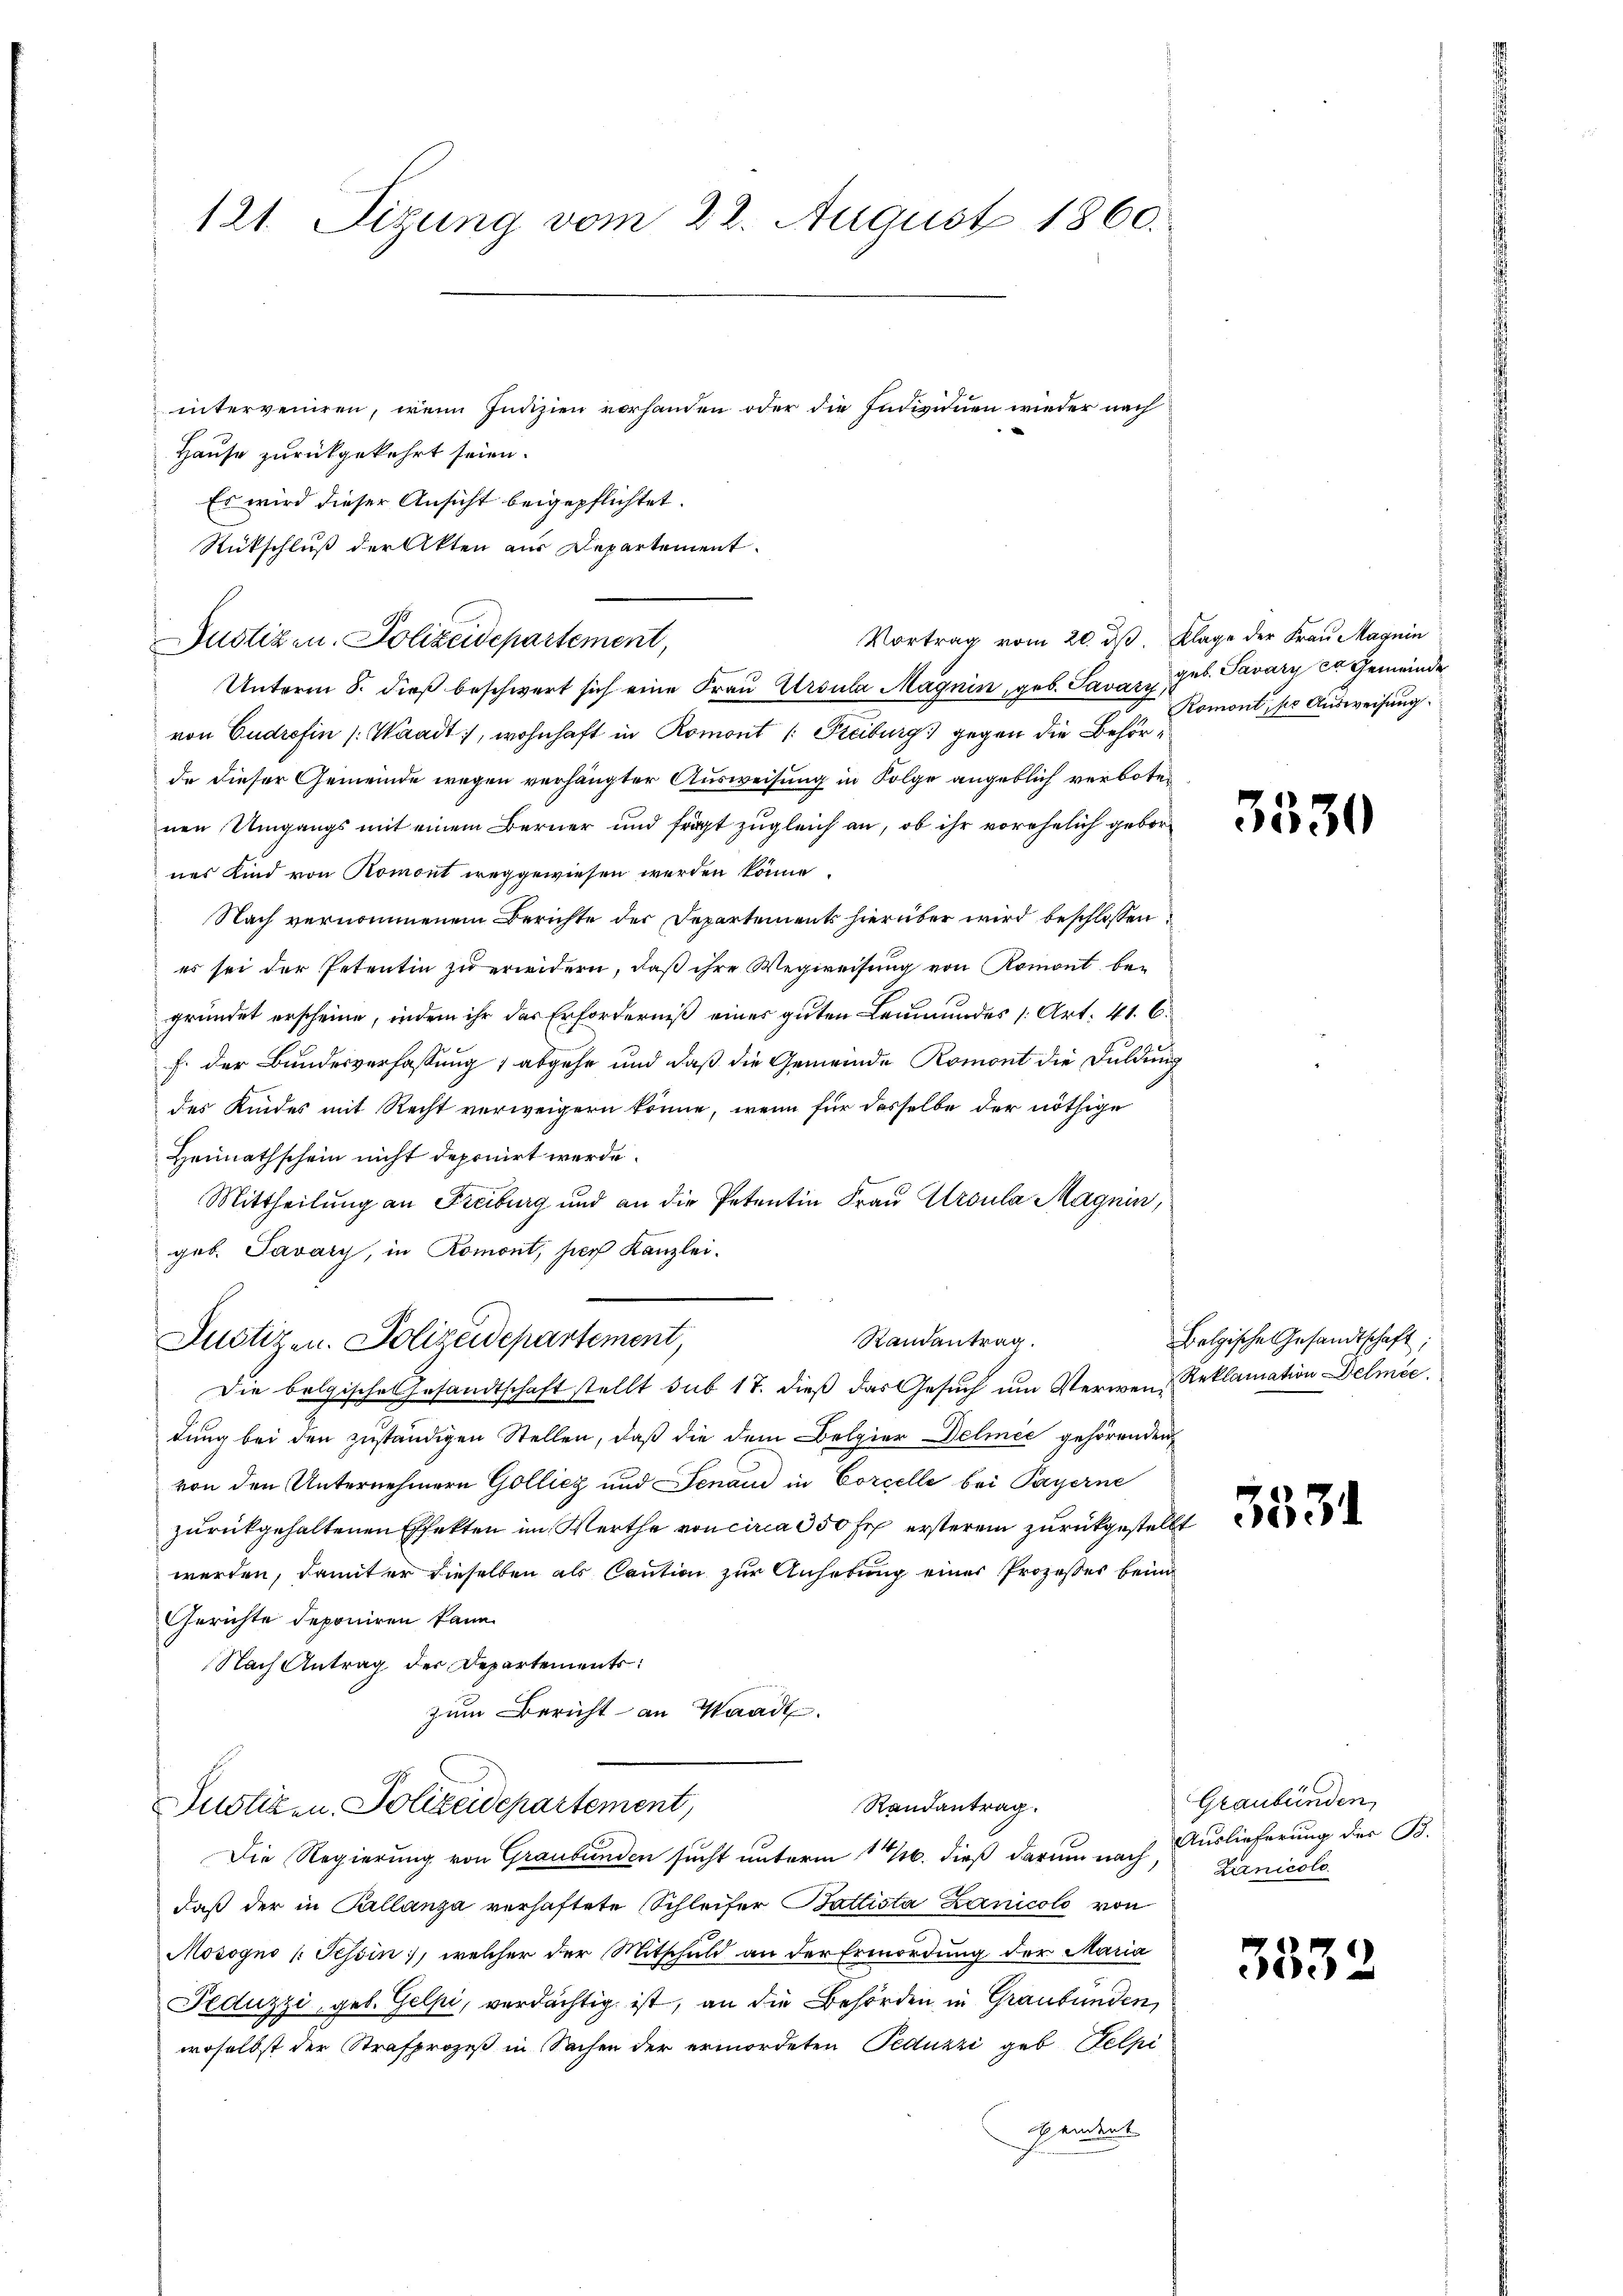
121. Sizung vom 22. August 1860.

Hause zurückgekehrt seien.
Es wird dieser Ansicht beigepflichtet.
Rückschluß der Akten aus Departement.
Vortrag vom 20. ds. Klage der Frau Magnin
Unterm 8. dieß beschwert sich eine Frau Ursula Magnin, geb. Savary,
von Gudrefin (Waadt, wohnhaft in Romont /: Freiburg gegen die Behörde dieser Gemeinde wegen verhängter Ausweisung in Folge angeblich verboten
nen Umgangs mit einem Berner und frägt zugleich an, ob ihr vorehelich gebornes Kind von Romont weggewiesen werden könne.
Nach vernommenem Berichte der Departements hierüber wird beschlossen
es sei der Petentin zu erwidern, daß ihre Wegweisung von Romont begründet erscheine, indem ihr das Erforderniß eines guten Leumundes [Art. 41. C.
f. der Bundesverfassung 1 abgehe und daß die Gemeinde Romont die Duldung
des Kindes mit Recht verweigern könne, wenn für desselbe der nöthige
Heimathschein nicht deponirt werde.
Mittheilung an Freiburg und an die Petentin Frau Aroula Magnin,
geb. Pavary, in Romont, hier Kanzlei-
Randantrag.
Justizen. Polizeidepartement,
Die bolgische Gesandtschaft stellt sub 17. dieß das Gesŭch ŭm Verwen, Reklamation Delmée.
dung bei den zuständigen Stellen, daß die dem Belgier Delinie gehörenden
von den Unternehmern Gollicz und Fenaud in Corcelle bei Payerne
zurückgehaltenen Effekten im Werthe von circa 350 Fr. ersterem zurückgestellt
werden, damit er dieselben als Caution zur Anhebung einer Prozesses bein
Gerichte deponiren kann.
Nach Antrag der Departements:
zum Bericht an Waadt.
Randantrag.
Justizen Polizeidepartement,
Die Regierung von Graubünden sucht unterm 16. dieß darum nach, Lanicolo
daß der in Pallanza verhaftete Schleifer Baltista Lanicolo von
Mosogno /: Tessin, welcher der Mitschuld an der Ermordung der Maria
Feduzzi, geb. Gelpi, verdächtig ist, an die Behörden in Graubünden,
woselbst der Strafprozeß in Sachen der ermordeten Peduzzi geb. Pelpi
Freitet

Justiz u. Polizeidepartement,

interveniren, wenn Indizien vorhanden oder die Individuen wieder nach

geb. Savary er Gemeinde
Romont, pr Ausweisung.

3530

Belgische Gesandtschaft;

5331

Graubünden
Auslieferung des B.

333.